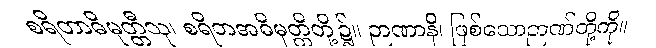
စရိတာဓိမုတ္တီသု၊ စရိတအဓိမုတ္တိတို့၌။ ဉာဏာနိ၊ ဖြစ်သောဉာဏ်တို့ကို။